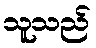
သူသည်